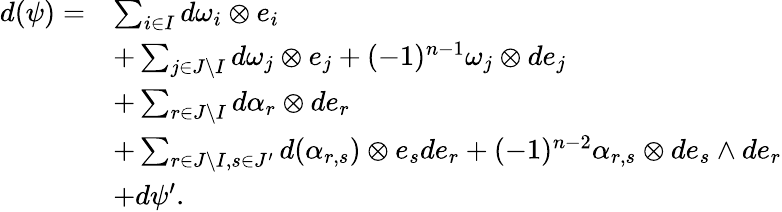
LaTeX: \begin{array}{rl}{d(\psi)=}&{\sum_{i\in I}d\omega_{i}\otimes e_{i}}\\ &{+\sum_{j\in J\setminus I}d\omega_{j}\otimes e_{j}+(-1)^{n-1}\omega_{j}\otimes de_{j}}\\ &{+\sum_{r\in J\setminus I}d\alpha_{r}\otimes de_{r}}\\ &{+\sum_{r\in J\setminus I,s\in J^{\prime}}d(\alpha_{r,s})\otimes e_{s}de_{r}+(-1)^{n-2}\alpha_{r,s}\otimes de_{s}\wedge de_{r}}\\ &{+d\psi^{\prime}.}\end{array}